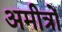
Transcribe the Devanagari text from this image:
अमीत्रों